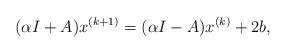
LaTeX: \begin{align*}(\alpha I+ A)x^{(k+1)}=(\alpha I-A)x^{(k)}+2b,\end{align*}